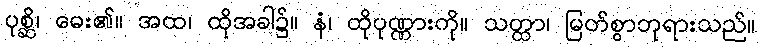
ပုစ္ဆိ၊ မေး၏။ အထ၊ ထိုအခါ၌။ နံ၊ ထိုပုဏ္ဏားကို။ သတ္ထာ၊ မြတ်စွာဘုရားသည်။